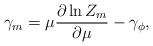
LaTeX: \begin{align*}\gamma_m=\mu\frac{\partial\ln Z_m}{\partial\mu}-\gamma_\phi,\end{align*}